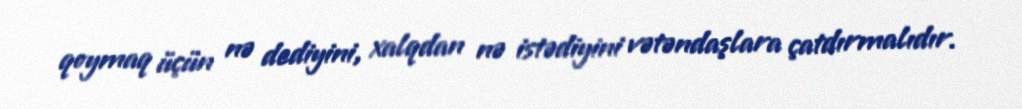
qoymaq üçün nə dediyini, xalqdan nə istədiyini vətəndaşlara çatdırmalıdır.